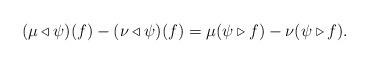
LaTeX: \begin{align*} (\mu\triangleleft\psi)(f)-(\nu\triangleleft\psi)(f) = \mu(\psi\triangleright f)-\nu(\psi\triangleright f). \end{align*}